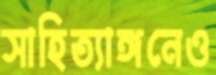
সাহিত্যাঙ্গনেও